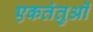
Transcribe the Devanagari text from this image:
एकतंतुओं